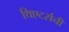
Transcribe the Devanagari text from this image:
थिएटर्सची